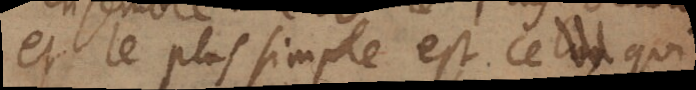
et le plus simple est ce qui